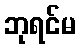
ဘုရင်မ